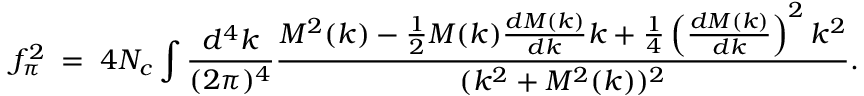
f _ { \pi } ^ { 2 } \; = \; 4 N _ { c } \int \frac { d ^ { 4 } k } { ( 2 \pi ) ^ { 4 } } \frac { M ^ { 2 } ( k ) - \frac 1 2 M ( k ) \frac { d M ( k ) } { d k } k + \frac 1 4 \left( \frac { d M ( k ) } { d k } \right) ^ { 2 } k ^ { 2 } } { ( k ^ { 2 } + M ^ { 2 } ( k ) ) ^ { 2 } } .